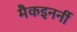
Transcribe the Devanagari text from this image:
मैकइनर्नी